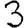
Digit: 3